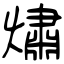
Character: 熽